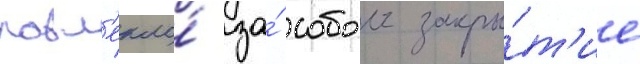
повл'екло́ за́ собои закры́т'ие